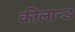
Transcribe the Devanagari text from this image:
कीलान्ड